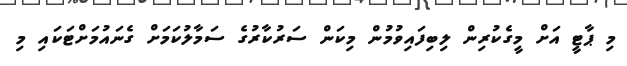
މި ޕާޓީ އަށް މީގެކުރިން ލިބިފައިވުމުން މިކަން ސަރުކާރުގެ ސަމާލުކަމަށް ގެނައުމަށްޓަކައި މި